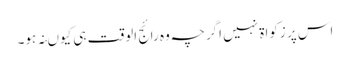
اس پر زکواۃ نہیں اگرچہ وہ رائج الوقت ہی کیوںنہ ہو۔